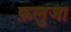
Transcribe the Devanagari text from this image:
फ़लुजा